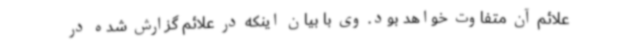
علائم آن متفاوت خواهد بود. وی با بیان اینکه در علائم گزارش شده در